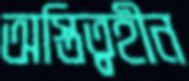
অস্তিত্বহীন